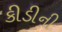
કીડીની